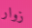
زوار